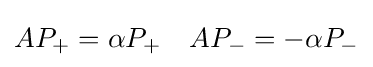
AP_{+}=\alpha P_{+}\quad AP_{-}=-\alpha P_{-}